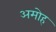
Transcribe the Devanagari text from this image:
अमोह